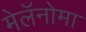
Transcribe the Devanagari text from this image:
मेलॅनोमा